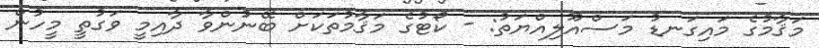
މަޤާމުގެ މައިގަނޑު މަސްއޫލިއްޔަތު: - ކޯޓުގެ މަޤާމުތަކަށް ބޭނުންވާ ދާއިމީ ވަގުތީ މީހުން